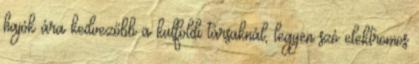
hajók ára kedvezőbb a külföldi társaknál, legyen szó elektromos